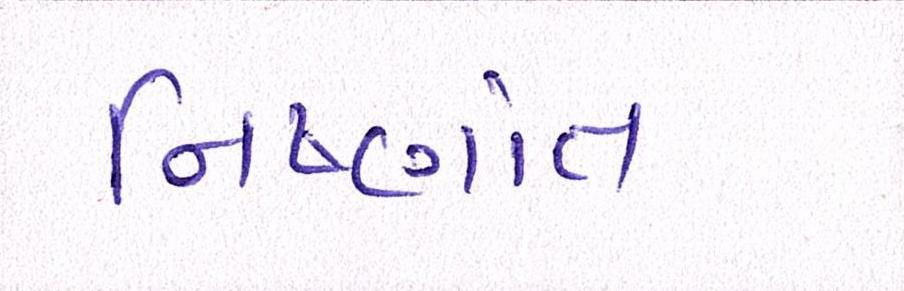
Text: નિષ્ણાંત